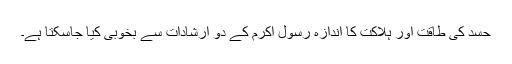
حسد کی طاقت اور ہلاکت کا اندازہ رسول اکرمؐ کے دو ارشادات سے بخوبی کیا جاسکتا ہے۔